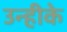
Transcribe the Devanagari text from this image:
उन्हीके